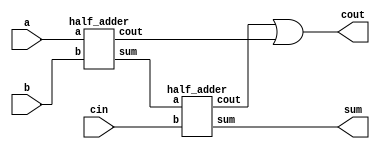
// Full-adder using dataflow modeling

module full_adder( input a, b, cin,
                  output sum, cout);
	wire w1_sum, w2_cout, w3_cout;
	
	//Top-bottom approach
	half_adder h1(a,b,w1_sum, w2_cout);
	half_adder h2(w1_sum, cin, sum, w3_cout);
	or o1(cout, w3_cout, w2_cout);
	
endmodule


module half_adder( input a, b,
                  output sum, cout);
  assign sum = a ^ b;   // Bit-wise XOR operator
  assign cout = a & b;  // Bit-wise AND operator
endmodule